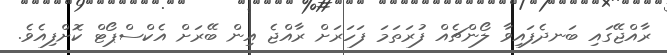
ރާއްޖޭގައި ބަނދެފައިވާ ލޯންޗެއް ފުރަތަމަ ފަހަރަށް ރާއްޖެ އިން ބޭރަށް އެކްސްޕޯޓް ކޮށްފިއެވެ.